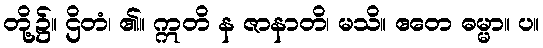
တို့၌။ ဌိတံ၊ ၏။ ဣတိ န ဇာနာတိ၊ မသိ။ ဧတေ ဓမ္မာ။ ပ။